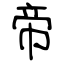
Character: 帝